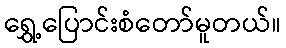
ရွှေ့ပြောင်းစံတော်မူတယ်။